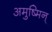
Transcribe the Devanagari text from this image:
अमुष्मिन्